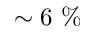
\sim 6 ~ \%